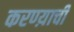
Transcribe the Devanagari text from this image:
करण्य़ाची